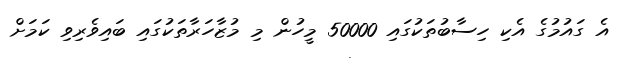
އެ ގައުމުގެ އެކި ހިސާބުތަކުގައި 50000 މީހުން މި މުޒާހަރާތަކުގައި ބައިވެރިވި ކަމަށް